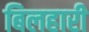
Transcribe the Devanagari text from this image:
बिलहारी